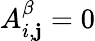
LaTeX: A_{i,\mathbf{j}}^{\beta}=0